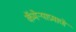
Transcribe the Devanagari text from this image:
कॅमेऱ्याप्रमाणे